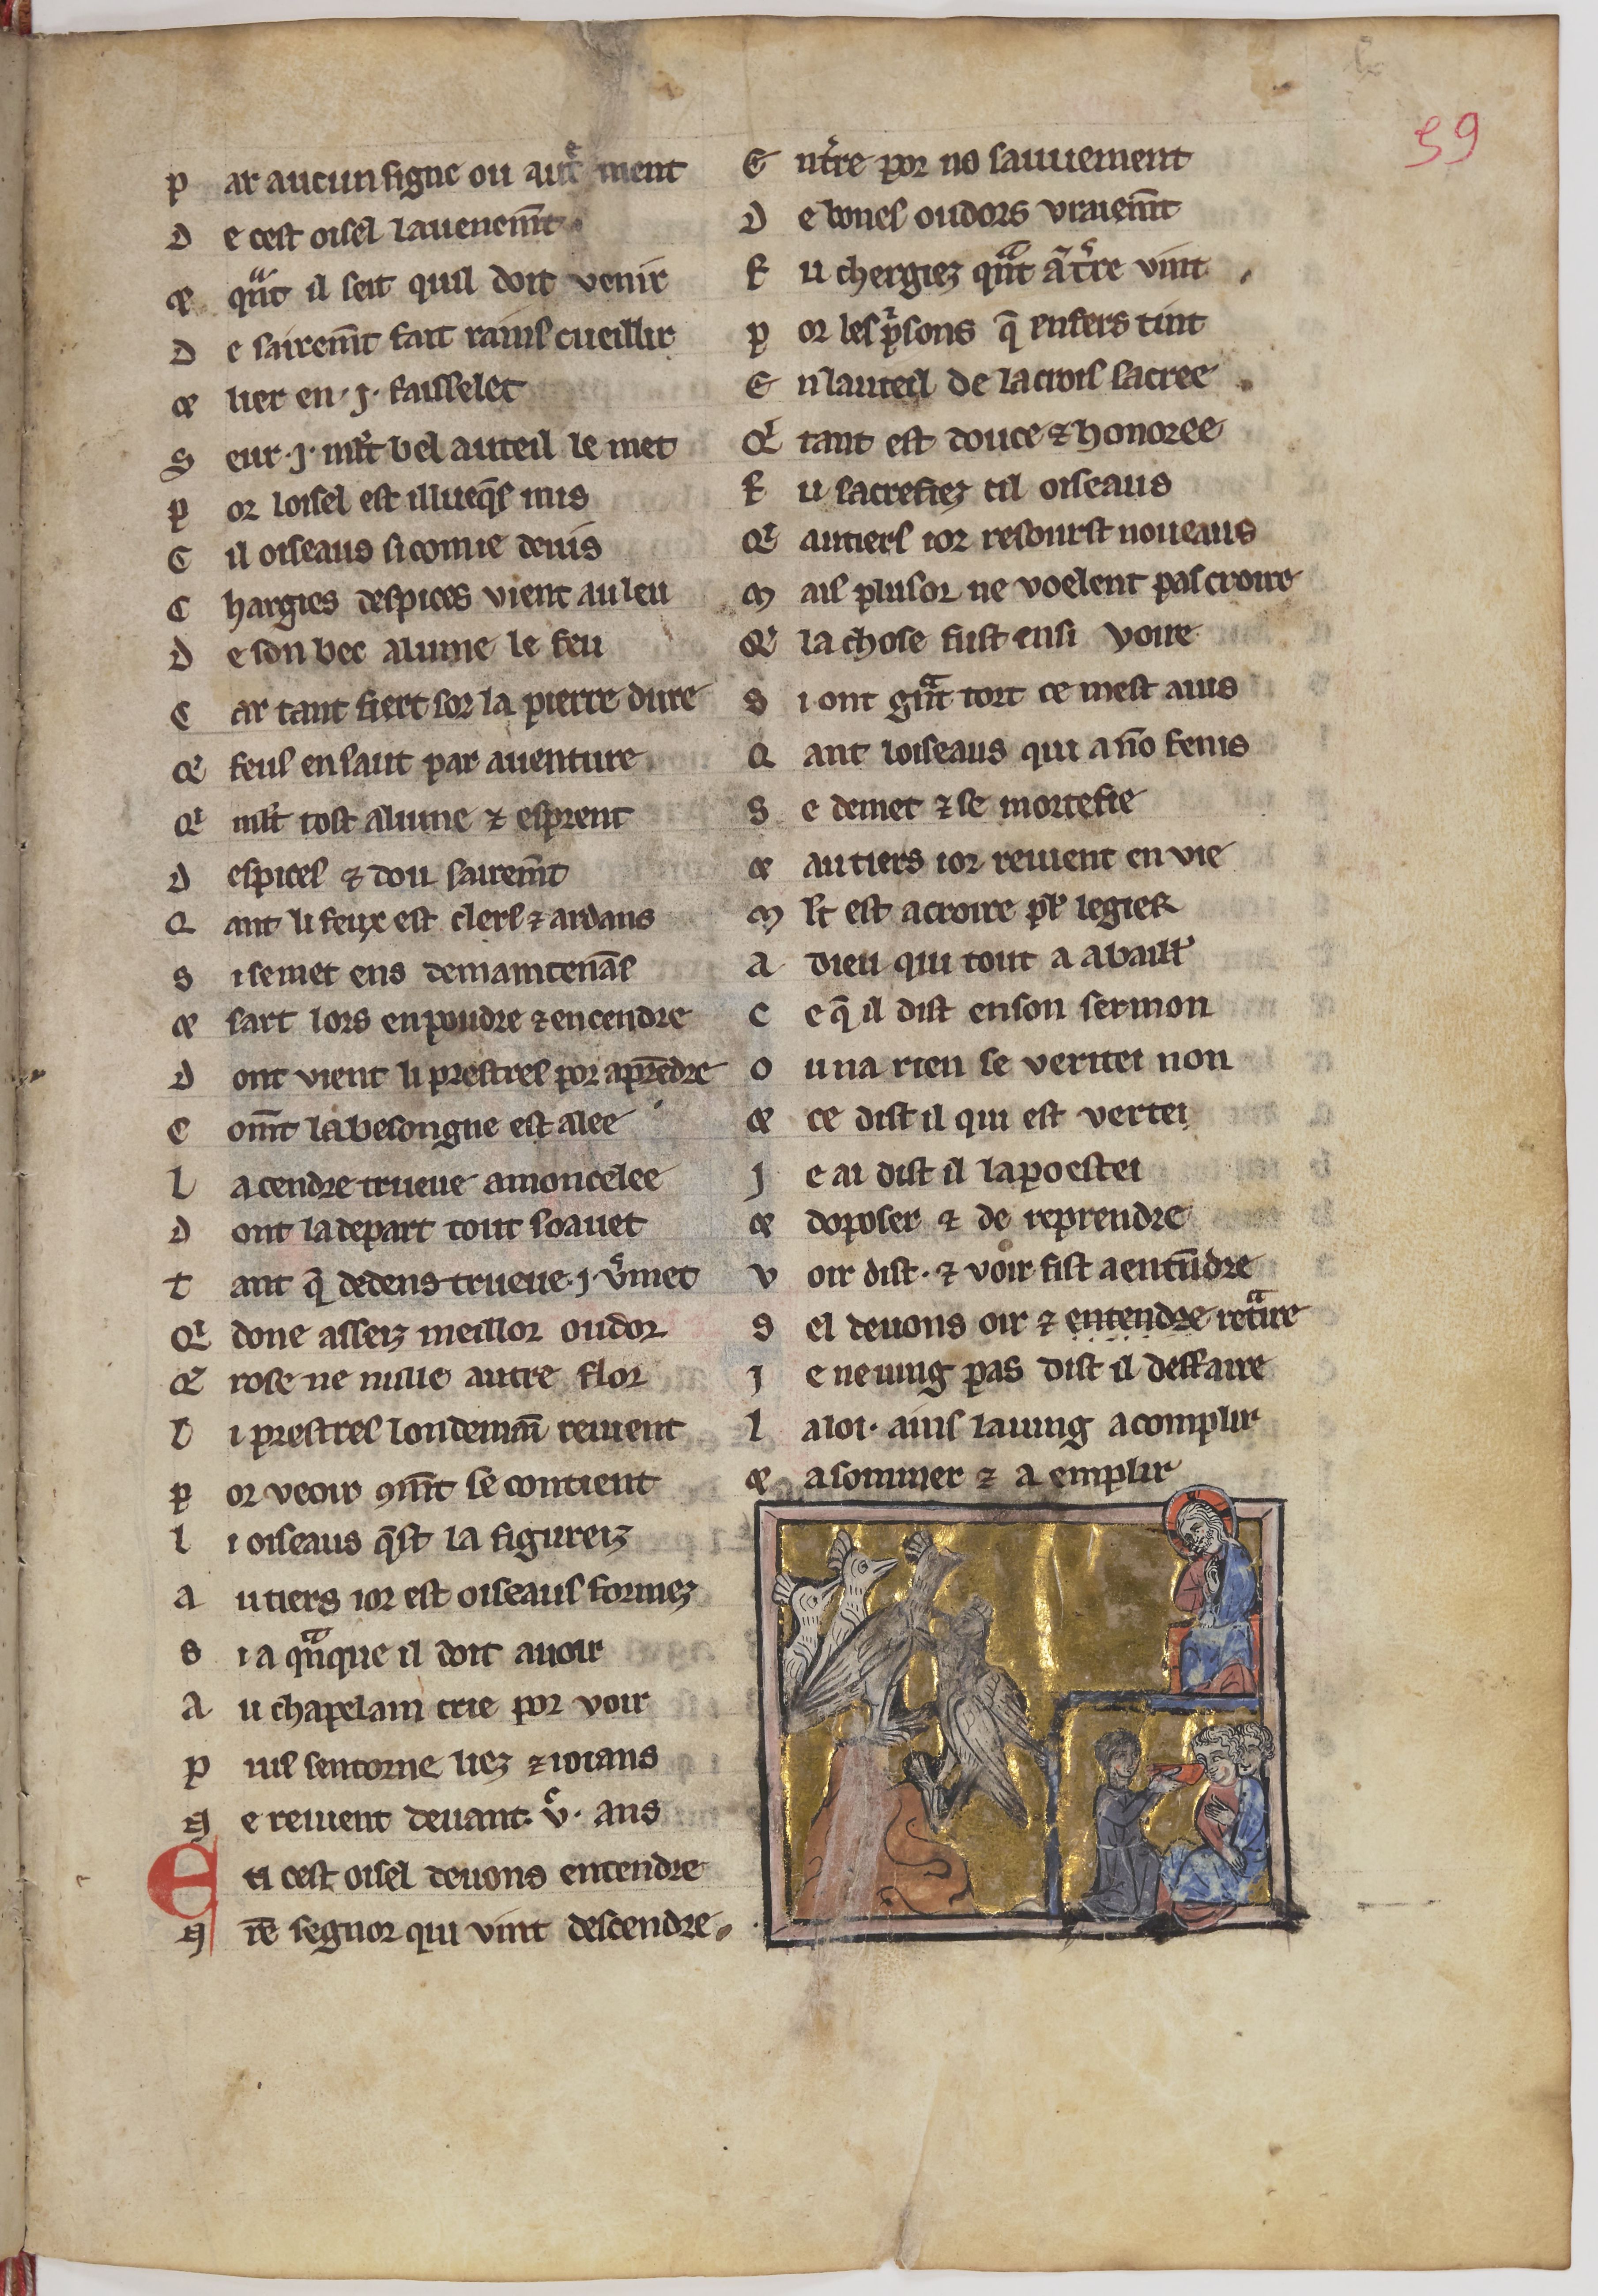
Shelfmark: Paris, BnF, fr. 24428
Century: 13